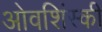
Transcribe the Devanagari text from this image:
ओवशिंस्की